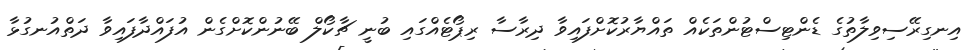
އިނގިރޭސިވިލާތުގެ ޑެންޓިސްޓުންތަކެއް ތައްޔާރުކޮށްފައިވާ ދިރާސާ ރިޕޯޓެއްގައި ބުނީ ޗާކޯލް ބޭނުންކޮށްގެން އުފައްދާފައިވާ ދަތްއުނގުޅާ